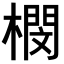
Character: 𣚾